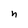
Character: n